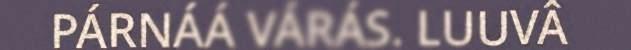
PÁRNÁÁ VÁRÁS. LUUVÂ